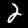
Label: 2